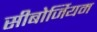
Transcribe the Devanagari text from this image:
सीबोर्जियम